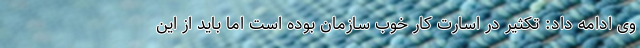
وی ادامه داد: تکثیر در اسارت کار خوب سازمان بوده است اما باید از این